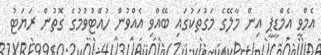
އެމްވީ އެމްޑީޕީ އިން މާލޭގެ މަގުތަކުގައި ބޭއްވި އެއްވުން ހުއްޓުވުމުގެ ގޮތުން ރަޔަޓު